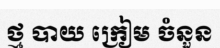
ថ្ម បាយ ក្រៀម ចំនួន